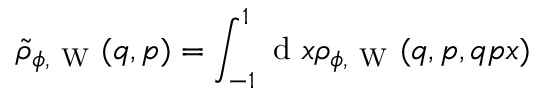
\tilde { \rho } _ { \phi , \mathrm { ~ W ~ } } ( q , p ) = \int _ { - 1 } ^ { 1 } \ensuremath { \mathrm { ~ d ~ } } x \rho _ { \phi , \mathrm { ~ W ~ } } ( q , p , q p x )